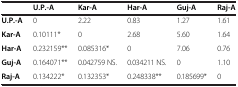
<table><thead><tr><td><b> </b></td><td><b>U.P.-A</b></td><td><b>Kar-A</b></td><td><b>Har-A</b></td><td><b>Guj-A</b></td><td><b>Raj-A</b></td></tr></thead><tbody><tr><td><b>U.</b><b>P.-</b><b>A</b></td><td>0</td><td>2.22</td><td>0.83</td><td>1.27</td><td>1.61</td></tr><tr><td><b>Kar-</b><b>A</b></td><td>0.10111*</td><td>0</td><td>2.68</td><td>5.60</td><td>1.64</td></tr><tr><td><b>Har-</b><b>A</b></td><td>0.232159**</td><td>0.085316*</td><td>0</td><td>7.06</td><td>0.76</td></tr><tr><td><b>Guj-</b><b>A</b></td><td>0.164071**</td><td>0.042759 NS.</td><td>0.034211 NS.</td><td>0</td><td>1.10</td></tr><tr><td><b>Raj-</b><b>A</b></td><td>0.134222*</td><td>0.132353*</td><td>0.248338**</td><td>0.185699*</td><td>0</td></tr></tbody></table>